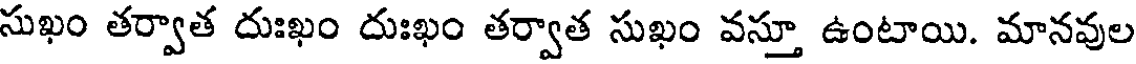
సుఖం తర్వాత దుఃఖం దుఃఖం తర్వాత సుఖం వస్తూ ఉంటాయి. మానవుల